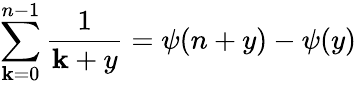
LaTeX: \sum_{\mathbf{k}=0}^{n-1}\frac{{1}}{{\mathbf{k}+y}}=\psi(n+y)-\psi(y)